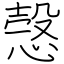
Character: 愨